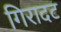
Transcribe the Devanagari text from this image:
गिरादट